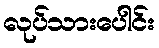
လုပ်သားပေါင်း